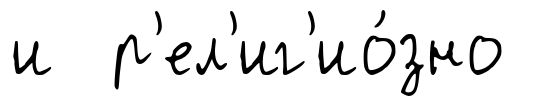
и р'ел'иг'ио́зно